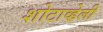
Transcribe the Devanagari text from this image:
शोटाव्हेली